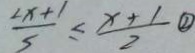
\frac { 2 x + 1 } { 5 } \leq \frac { x + 1 } { 2 } \textcircled { 2 }